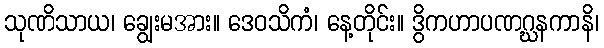
သုဏိသာယ၊ ချွေးမအား။ ဒေဝသိကံ၊ နေ့တိုင်း။ ဒွိကဟာပဏဂ္ဃနကာနိ၊